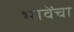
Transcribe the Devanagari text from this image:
भावेंचा